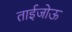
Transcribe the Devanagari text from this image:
ताईजोऊ